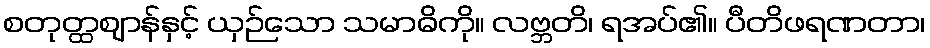
စတုတ္ထဈာန်နှင့် ယှဉ်သော သမာဓိကို။ လဗ္ဘတိ၊ ရအပ်၏။ ပီတိဖရဏတာ၊